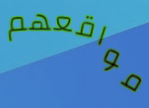
مواقعهم